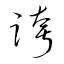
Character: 誇